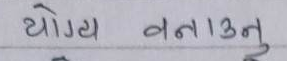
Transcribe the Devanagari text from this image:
योग्य बनाउनु